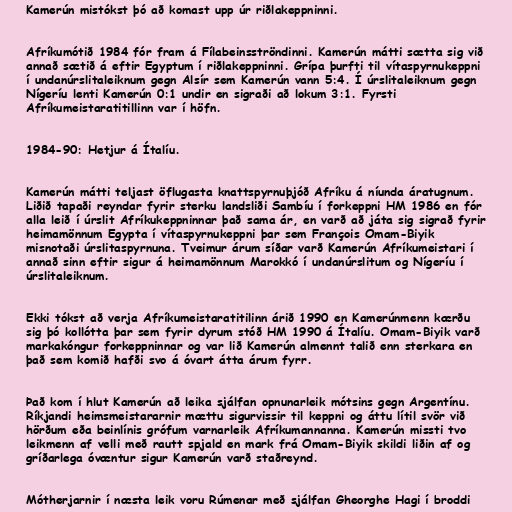
Kamerún mistókst þó að komast upp úr riðlakeppninni.

Afríkumótið 1984 fór fram á Fílabeinsströndinni. Kamerún mátti sætta sig við
annað sætið á eftir Egyptum í riðlakeppninni. Grípa þurfti til vítaspyrnukeppni
í undanúrslitaleiknum gegn Alsír sem Kamerún vann 5:4. Í úrslitaleiknum gegn
Nígeríu lenti Kamerún 0:1 undir en sigraði að lokum 3:1. Fyrsti
Afríkumeistaratitillinn var í höfn.

1984-90: Hetjur á Ítalíu.

Kamerún mátti teljast öflugasta knattspyrnuþjóð Afríku á níunda áratugnum.
Liðið tapaði reyndar fyrir sterku landsliði Sambíu í forkeppni HM 1986 en fór
alla leið í úrslit Afríkukeppninnar það sama ár, en varð að játa sig sigrað fyrir
heimamönnum Egypta í vítaspyrnukeppni þar sem François Omam-Biyik
misnotaði úrslitaspyrnuna. Tveimur árum síðar varð Kamerún Afríkumeistari í
annað sinn eftir sigur á heimamönnum Marokkó í undanúrslitum og Nígeríu í
úrslitaleiknum.

Ekki tókst að verja Afríkumeistaratitilinn árið 1990 en Kamerúnmenn kærðu
sig þó kollótta þar sem fyrir dyrum stóð HM 1990 á Ítalíu. Omam-Biyik varð
markakóngur forkeppninnar og var lið Kamerún almennt talið enn sterkara en
það sem komið hafði svo á óvart átta árum fyrr.

Það kom í hlut Kamerún að leika sjálfan opnunarleik mótsins gegn Argentínu.
Ríkjandi heimsmeistararnir mættu sigurvissir til keppni og áttu lítil svör við
hörðum eða beinlínis grófum varnarleik Afríkumannanna. Kamerún missti tvo
leikmenn af velli með rautt spjald en mark frá Omam-Biyik skildi liðin af og
gríðarlega óvæntur sigur Kamerún varð staðreynd.

Mótherjarnir í næsta leik voru Rúmenar með sjálfan Gheorghe Hagi í broddi